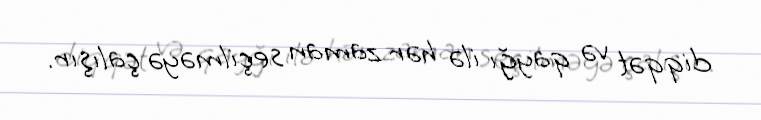
diqqət və qayğı ilə hər zaman seçilməyə çalışır.